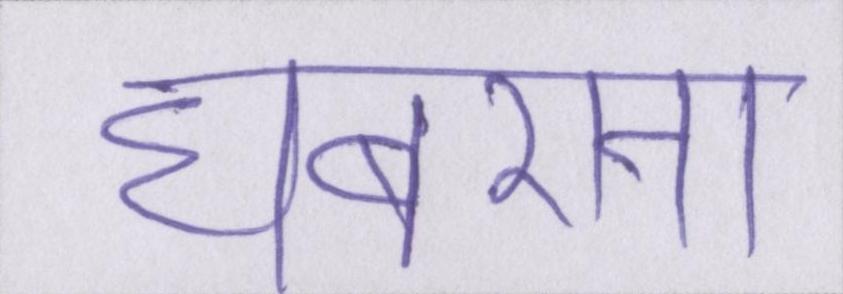
घबराना